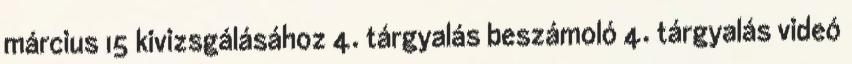
március 15 kivizsgálásához 4. tárgyalás beszámoló 4. tárgyalás videó